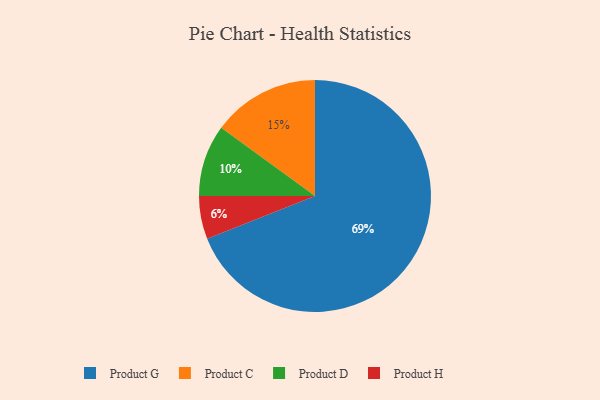
{"axis": {"x": "Category", "y": "Percentage"}, "legend": ["Product C", "Product D", "Product G", "Product H"], "data": [{"x": "Product G", "y": 69, "type": "Product G"}, {"x": "Product H", "y": 6, "type": "Product H"}, {"x": "Product D", "y": 10, "type": "Product D"}, {"x": "Product C", "y": 15, "type": "Product C"}]}